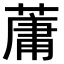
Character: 𫉘